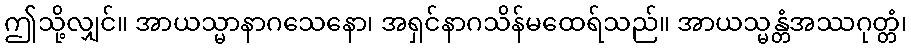
ဤသို့လျှင်။ အာယသ္မာနာဂသေနော၊ အရှင်နာဂသိန်မထေရ်သည်။ အာယသ္မန္တံအဿဂုတ္တံ၊